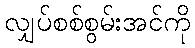
လျှပ်စစ်စွမ်းအင်ကို